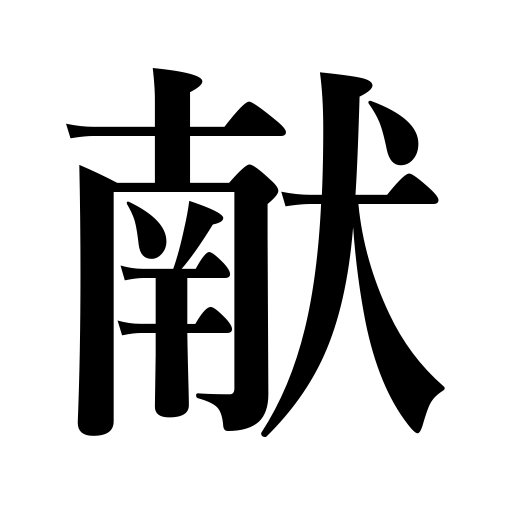
Meanings: counter for drinks